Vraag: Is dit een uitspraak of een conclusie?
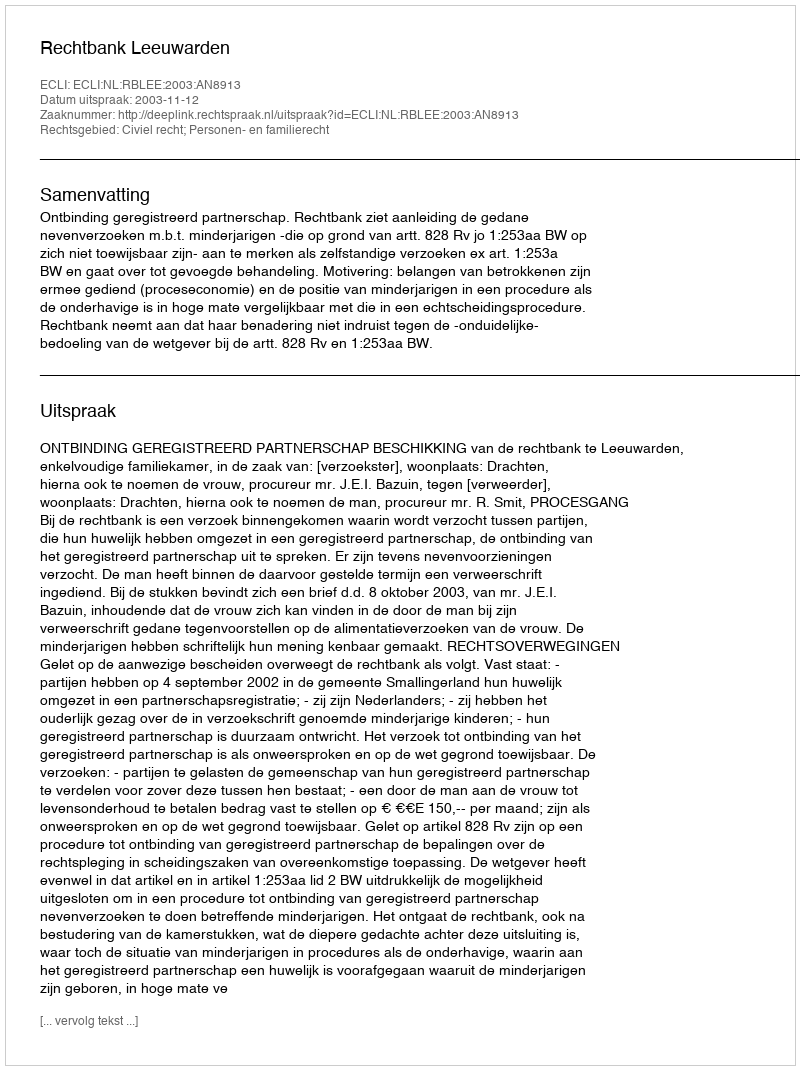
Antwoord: Uitspraak